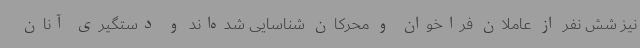
نیز شش نفر از عاملان فراخوان و محرکان شناسایی شده‌اند و دستگیری آنان